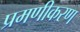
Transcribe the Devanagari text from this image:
प्रमणीकरण